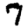
Digit: 7